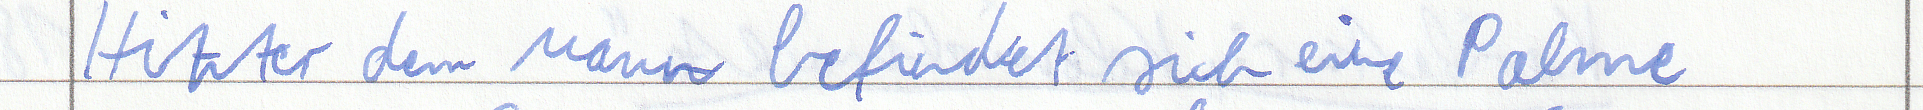
Hinter dem Mann befindet sich eine Palme